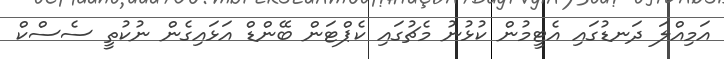
އަމިއްލަ ދަނޑުގައި އެޓީމުން ކުޅުނު މެޗުގައި ކެޕްޓަން ބޭންޑް އަޅައިގެން ނުކުތީ ސެސްކް